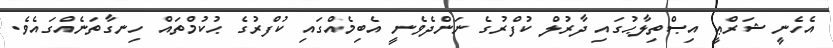
އެހެނީ ޝަރްޢީ އިޞްތިލާޙުގައި ދާރުލް ކުފްރުގެ ނަންދެވެނީ އެބިމެއްގައި ކުފްރުގެ ޙުކުމްތައް ހިނގާތަނެއްގައެވެ.